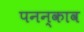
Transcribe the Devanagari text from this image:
पनन्काव